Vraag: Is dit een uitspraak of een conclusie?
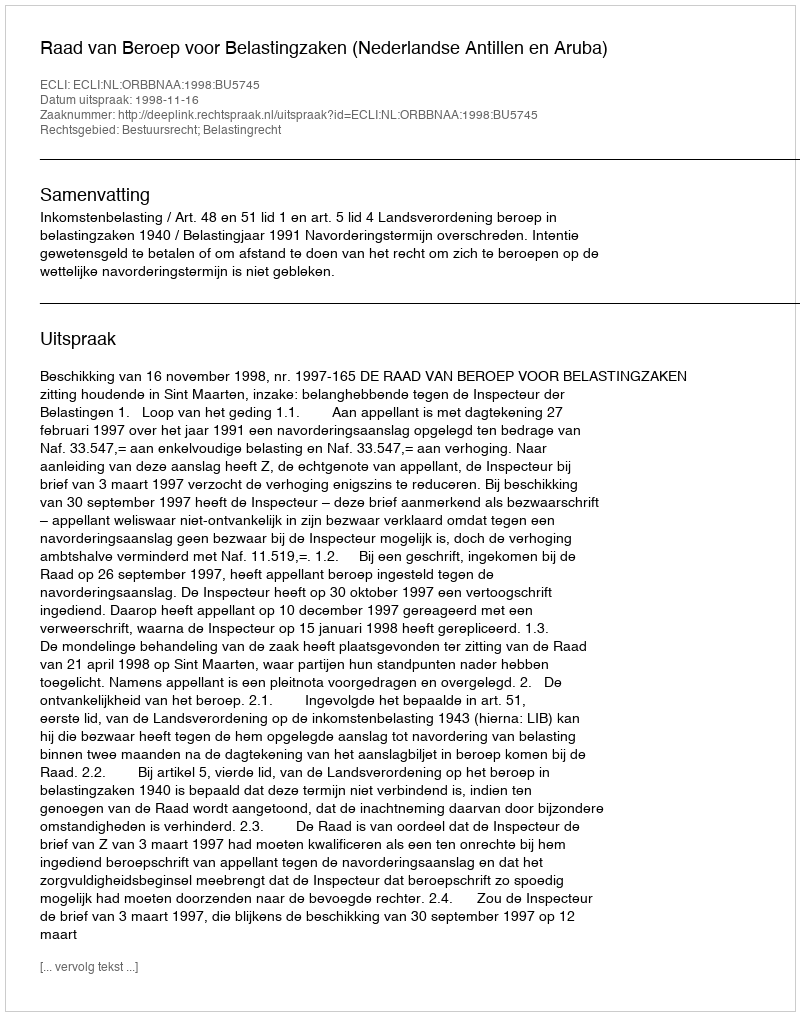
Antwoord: Uitspraak